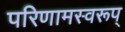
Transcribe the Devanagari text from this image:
परिणामस्वरूप्